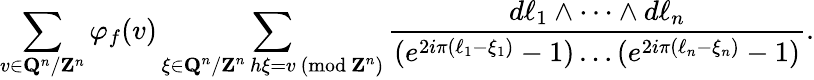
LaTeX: \sum_{v\in\mathbf{Q}^{n}/\mathbf{Z}^{n}}\varphi_{f}(v)\sum_{\substack{\xi\in\mathbf{Q}^{n}/\mathbf{Z}^{n}\, h\xi=v\ (\mathrm{mod}\ \mathbf{Z}^{n})}}\frac{d\ell_{1}\wedge\cdots\wedge d\ell_{n}}{(e^{2i\pi(\ell_{1}-\xi_{1})}-1)\ldots(e^{2i\pi(\ell_{n}-\xi_{n})}-1)}.